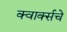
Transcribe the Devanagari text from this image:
क्वार्क्सचे